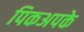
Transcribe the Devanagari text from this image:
पिकअपके